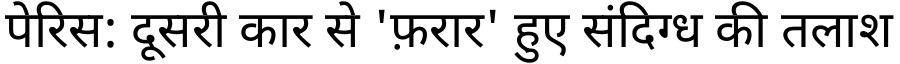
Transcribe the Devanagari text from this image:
पेरिस: दूसरी कार से 'फ़रार' हुए संदिग्ध की तलाश